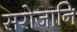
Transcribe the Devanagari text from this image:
सरोजानि